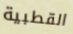
القطبية